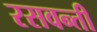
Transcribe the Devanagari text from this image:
रसवन्ती